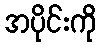
အပိုင်းကို